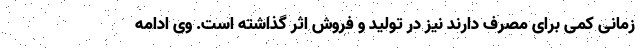
زمانی کمی برای مصرف دارند نیز در تولید و فروش اثر گذاشته است. وی ادامه